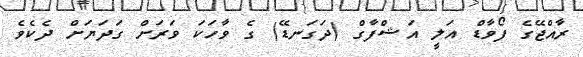
ރާއްޖޭގެ ފޯވާޑް އަލީ އަޝްފާގް (ދަގަނޑޭ) ގެ ވާހަކަ ވަރަށް ގަދަޔަށް ދެކެވެ